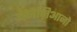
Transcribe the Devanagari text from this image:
वेनेज़िआनो